Scottish Certificate of Education, 1963
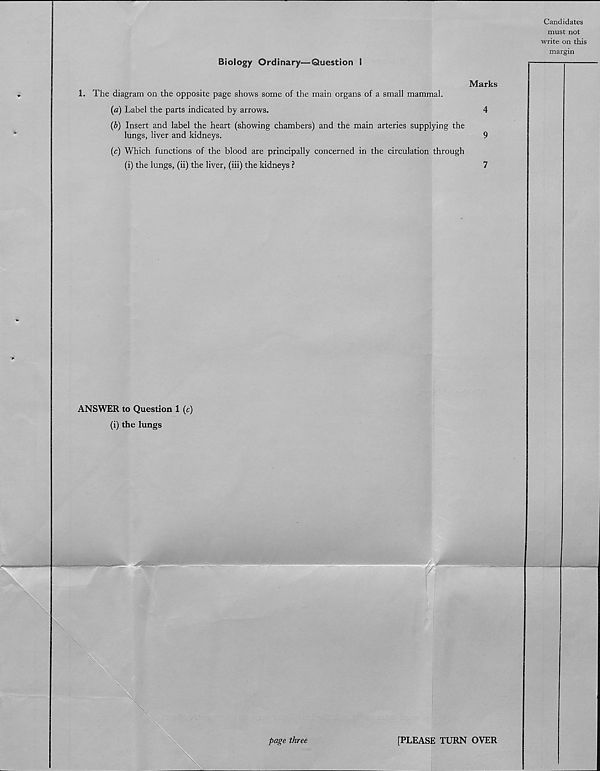
Candidates
must not
write on this
margin
Biology Ordinary—Question I
Marks
1. The diagram on the opposite page shows some of the main organs of a small mammal.
(a) Label the parts indicated by arrows.
4
(b) Insert and label the heart (showing chambers) and the main arteries supplying the
lungs, liver and kidneys.
9
(c) Which functions of the blood are principally concerned in the circulation through
(i) the lungs, (ii) the liver, (iii) the kidneys ?
7
ANSWER to Question 1 (c)
(i) the lungs
page three
[PLEASE TURN OVER